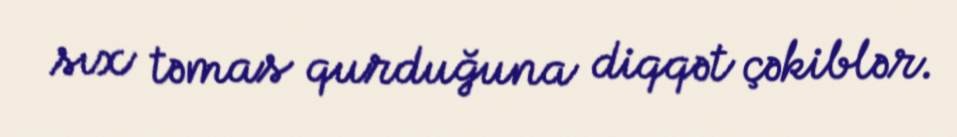
sıx təmas qurduğuna diqqət çəkiblər.